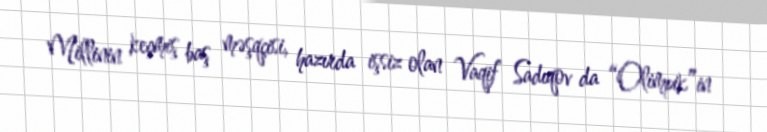
Millinin keçmiş baş məşqçisi, hazırda işsiz olan Vaqif Sadıqov da “Olimpik”in